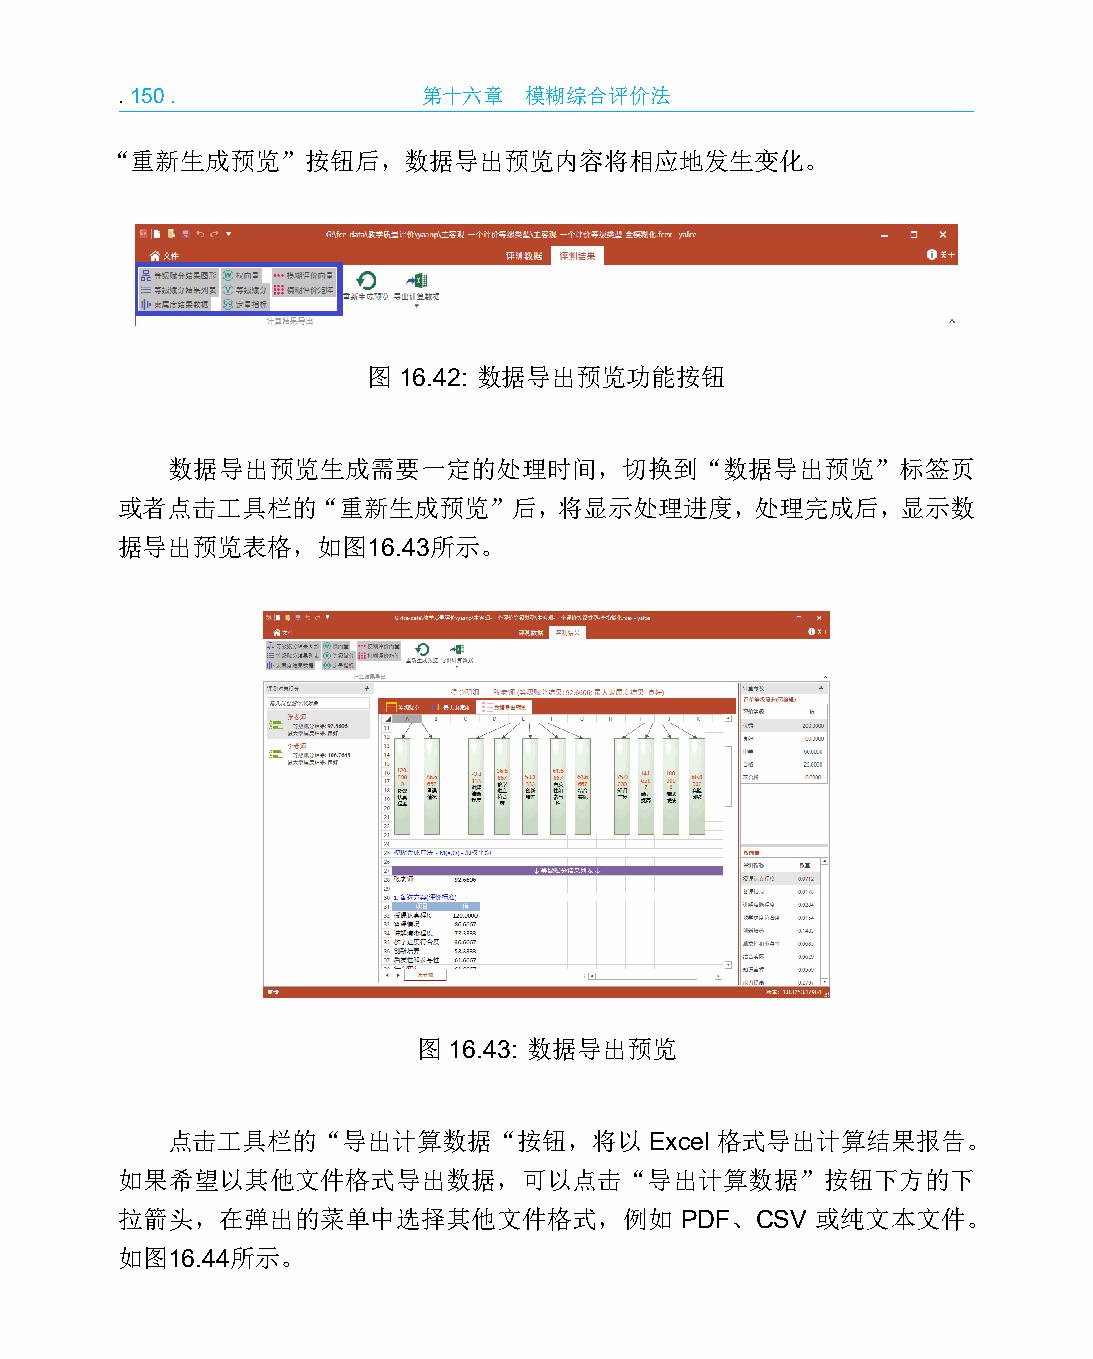
.150.               第十六章   模糊综合评价法
 “重新生成预览”按钮后，数据导出预览内容将相应地发生变化。
 图 16.42: 数据导出预览功能按钮
 数据导出预览生成需要一定的处理时间，切换到“数据导出预览”标签页
 或者点击工具栏的“重新生成预览”后，将显示处理进度，处理完成后，显示数
 据导出预览表格，如图16.43所示。
 图 16.43: 数据导出预览
 点击工具栏的“导出计算数据“按钮，将以             Excel 格式导出计算结果报告。
 如果希望以其他文件格式导出数据，可以点击“导出计算数据”按钮下方的下
 拉箭头，在弹出的菜单中选择其他文件格式，例如               PDF、CSV  或纯文本文件。
 如图16.44所示。